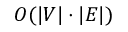
O ( | V | \cdot | E | )